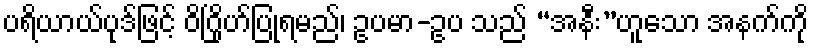
ပရိယာယ်ပုဒ်ဖြင့် ဝိဂြိုဟ်ပြုရမည်၊ ဥပမာ-ဥပ သည် “အနီး”ဟူသော အနက်ကို